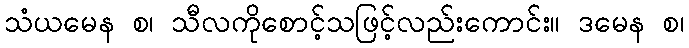
သံယမေန စ၊ သီလကိုစောင့်သဖြင့်လည်းကောင်း။ ဒမေန စ၊